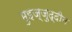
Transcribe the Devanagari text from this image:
मुइज़्ज़ुद्दीन